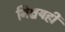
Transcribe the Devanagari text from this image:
निश्चयही